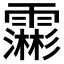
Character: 𮦺